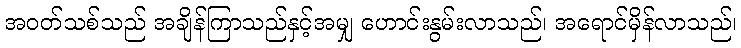
အဝတ်သစ်သည် အချိန်ကြာသည်နှင့်အမျှ ဟောင်းနွမ်းလာသည်၊ အရောင်မှိန်လာသည်၊